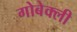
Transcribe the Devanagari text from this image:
गोबेक्ली